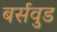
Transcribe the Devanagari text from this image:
बर्सवुड